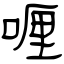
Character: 喱